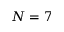
N = 7